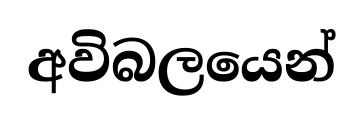
අවිබලයෙන්